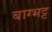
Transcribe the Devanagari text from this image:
बाग्भट्ट